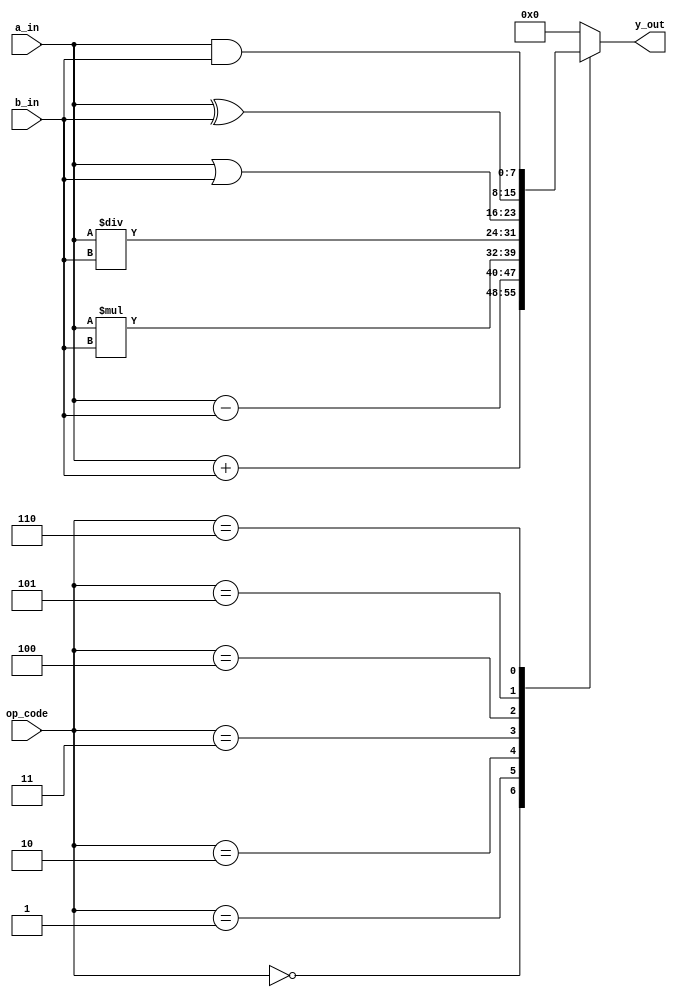
`timescale 1ns / 1ps
//////////////////////////////////////////////////////////////////////////////////
// Company: 
// Engineer: 
// 
// Design Name: 
// Module Name: alu_full
// Project Name: 
// Target Devices: 
// Tool Versions: 
// Description: 
// 
// Dependencies: 
// 
// Revision:
// Revision 0.01 - File Created
// Additional Comments:
// 
//////////////////////////////////////////////////////////////////////////////////
`define DATA_WIDTH 8
`define OPCODE_SIZE 3
`define OUT_DATA_WIDTH 16
`define ADD 3'b000
`define SUB 3'b001
`define MUL 3'b010
`define DIV 3'b011
`define OR 3'b100
`define XOR 3'b101
`define AND 3'b110
`define TRANSFER 2'b00
`define RS 2'b01
`define LS 2'b10
`define NOT 2'b11

module alu_full(
                input [`DATA_WIDTH-1:0] a_in,
                input [`DATA_WIDTH-1:0] b_in,
                input [`OPCODE_SIZE-1:0] op_code,
                output reg [`DATA_WIDTH-1:0] y_out);
always@*
begin
    case(op_code)
    `ADD: y_out= a_in + b_in;
    `SUB: y_out= a_in - b_in;
    `MUL: y_out= a_in * b_in;
    `DIV: y_out= a_in / b_in;
    `OR: y_out= a_in | b_in;
    `XOR: y_out= a_in ^ b_in;
    `AND: y_out= a_in & b_in;
    `TRANSFER: y_out= a_in;
    `RS: y_out= a_in>>1;
    `LS: y_out= a_in<<1;
    `NOT: y_out= ~a_in;
    default: y_out='b0;
    endcase
end                    
endmodule